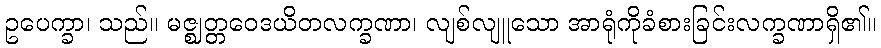
ဥပေက္ခာ၊ သည်။ မဇ္ဈတ္တဝေဒယိတလက္ခဏာ၊ လျစ်လျူသော အာရုံကိုခံစားခြင်းလက္ခဏာရှိ၏။